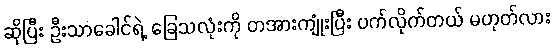
ဆိုပြီး ဦးသာခေါင်ရဲ့ ခြေသလုံးကို တအားကျုံးပြီး ပက်လိုက်တယ် မဟုတ်လား